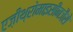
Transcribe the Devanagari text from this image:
एज़ीथ्रोमाइसीनजैसे